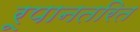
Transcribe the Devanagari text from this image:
रूपानतरित